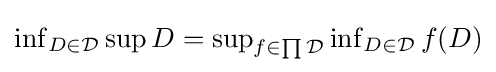
\textstyle \inf _{D\in {\mathcal {D}}}\sup D=\sup _{f\in \prod {\mathcal {D}}}\inf _{D\in {\mathcal {D}}}f(D)